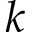
k